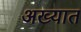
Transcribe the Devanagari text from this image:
अख्यात